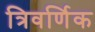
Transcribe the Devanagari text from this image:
त्रिवर्णिक